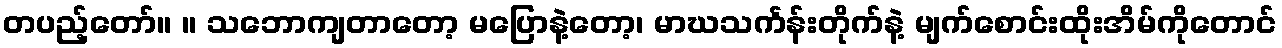
တပည့်တော်။ ။ သဘောကျတာတော့ မပြောနဲ့တော့၊ မာဃသင်္ကန်းတိုက်နဲ့ မျက်စောင်းထိုးအိမ်ကိုတောင်